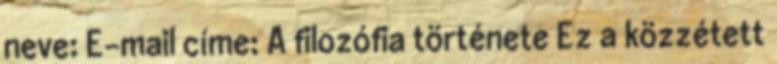
neve: E-mail címe: A filozófia története Ez a közzétett